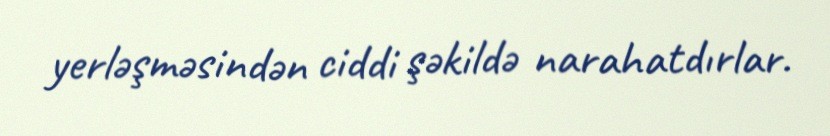
yerləşməsindən ciddi şəkildə narahatdırlar.